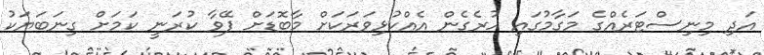
އަދި މިނިސްޓަރެއްގެ މަގާމުގައި ހުރެގެން އެއްކުޅިވަރަކަށް މާބޮޑަށް ފޭވާ ކުރަނީ ކަމަށް ގިނަބަޔަކު